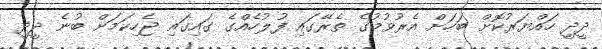
ދީދީ ހައްޔަރުކޮށް ބަހަށް އެރުވުމުގެ ތެރޭގައި ފުލުހެއްގެ ގައިގައި ޖެހިކަމަށް ބުނެ ދީދީ